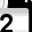
Digit: 2